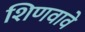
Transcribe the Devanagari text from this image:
शिणवावे